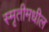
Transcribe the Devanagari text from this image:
स्मृतीमधील